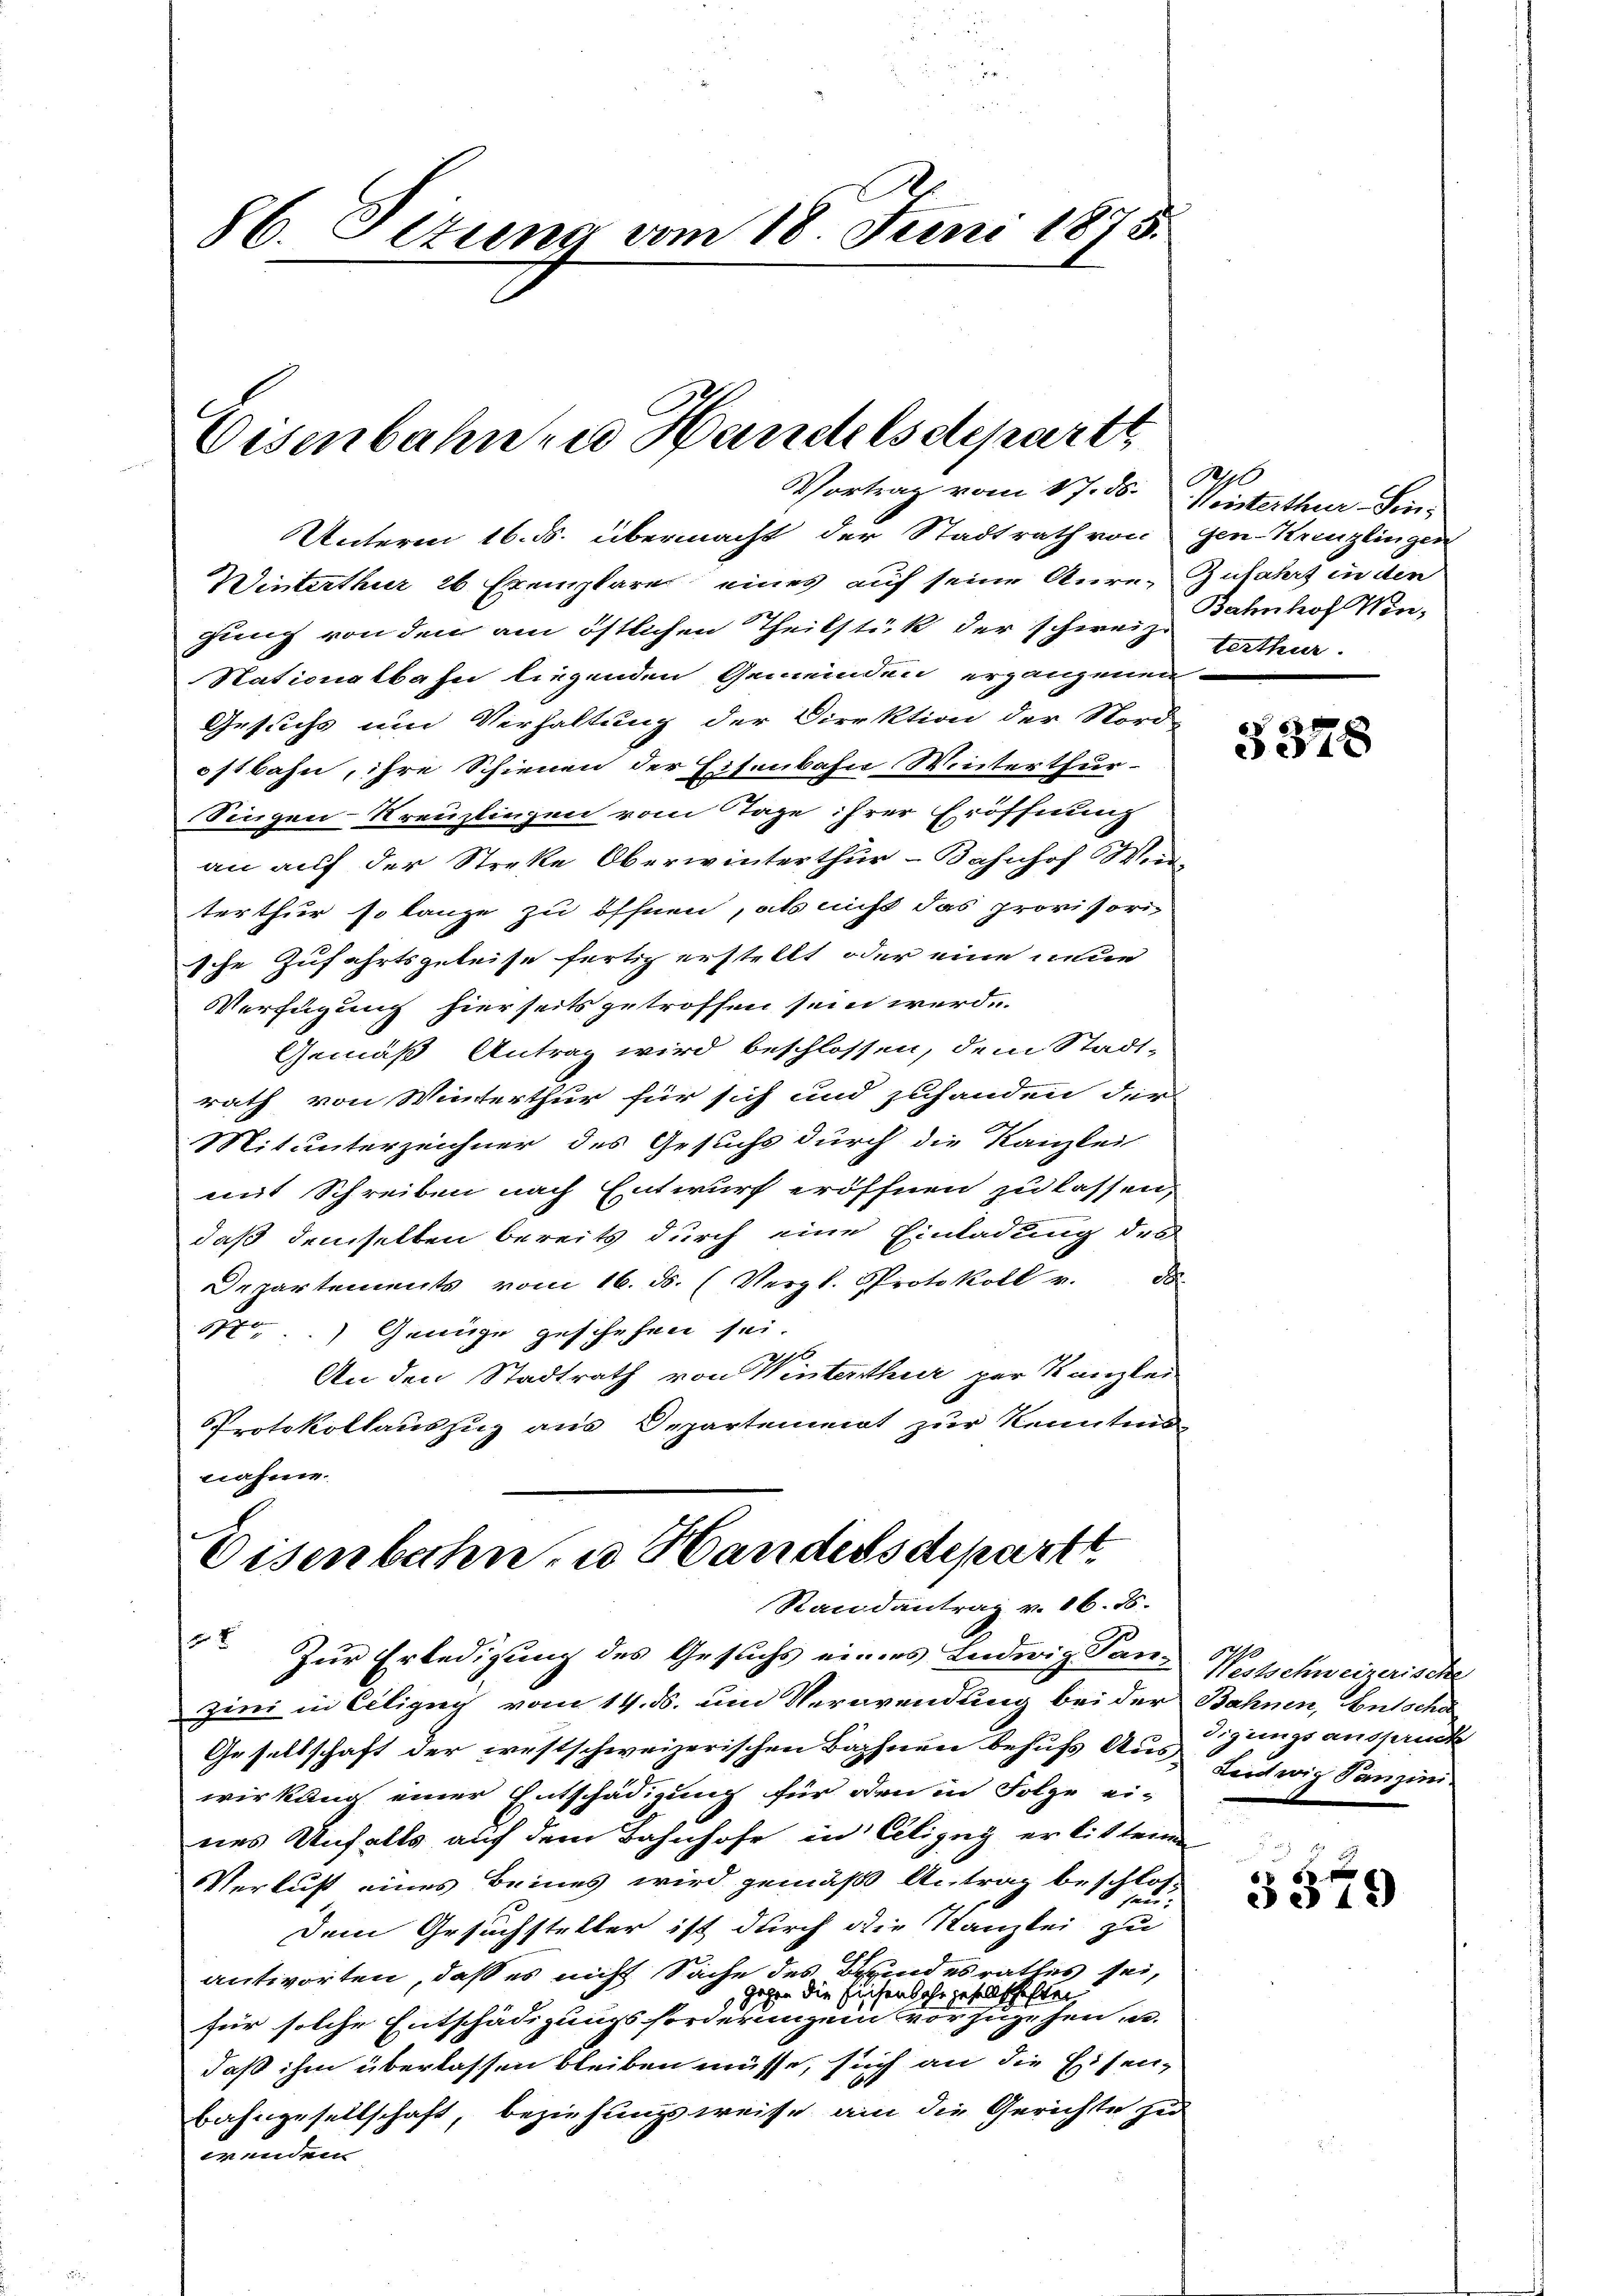
86. Oltung vom 18. Juni 1875.

Unterm 16. ds. übermacht der Stadtrath von Gen-Kreuzlingen
Winterthur 26 Exemplare eines auf seine Anre- Zufahrt in den
gung von den am östlichen Theilstück der schweiz verthur.
Nationalbahn liegenden Gemeinden ergangenen
Gesuchs um Verhaltung der Direktion der Nord-
ostbahn, ihre Schienen der Eisenbahn Winterthur-
Singen-Kreuzlingen vom Tage ihrer Eröffnung
an auf der Streke Oberwinterthur - Bahnhof Wiedterthur so lange zu öffnen, als nicht das provisorische Zufahrtsgeleise fertig erstellt oder eine neue
Verfügung hierseits getroffen sein werde.
Gemäß Antrag wird beschlossen, dem Stadt-
rath von Winterthur für sich und zuhanden der
Mitunterzeichner des Gesuchs durch die Kanzlei
mit Schreiben nach Entwurf eröffnen zu lassen,
daß demselben bereits durch eine Einladung des
Departements vom 16. ds. (Vergl. Protokoll v. 30.
1.) Genüge geschehen sei.
ge
An den Stadtrath von Winterthur per Kanzlei
Protokollauszug aus Departement zur Kenntnis-
nahme.

Eisenbahnen Handelsdeparte
Vortrag vom 17. ds. Winterthur Sin¬

Eisenbahn, u. Handersdeparte
Randantrag v. 16. 85.

Zur Erledigung des Gesuchs eines Ludwig Tanzini in Ciligug vom 14. ds. um Verwendung bei der Bahnen, Bütsche
Gesellschaft der Festschweizerischen Bachnen behufs Ausgangs ausseru
wirkung einer Entschädigung für den in Folge ei-
nes Unfalls auf dem Bahnhofe in Cilizey erlittei
Verlust eines Beines wird gemäß Antrag beschloß
hau.
Dem Gesuchsteller ist durch die Kanzlei zu
antworten, daß es nicht Sache des Kindesrathes sei,
gehen die Fischenhahn gesellschaften
für solche Entschädigungsforderungen vorzugehen, u.
daß ihm überlassen bleiben müsse, sich an die Eisen-
Bahngesellschaft, beziehungsweise am die Gerichte zu
wenden

de
Bahnhof Win¬

§378

Westschweizerische
Lenchwig Tanzini

3379